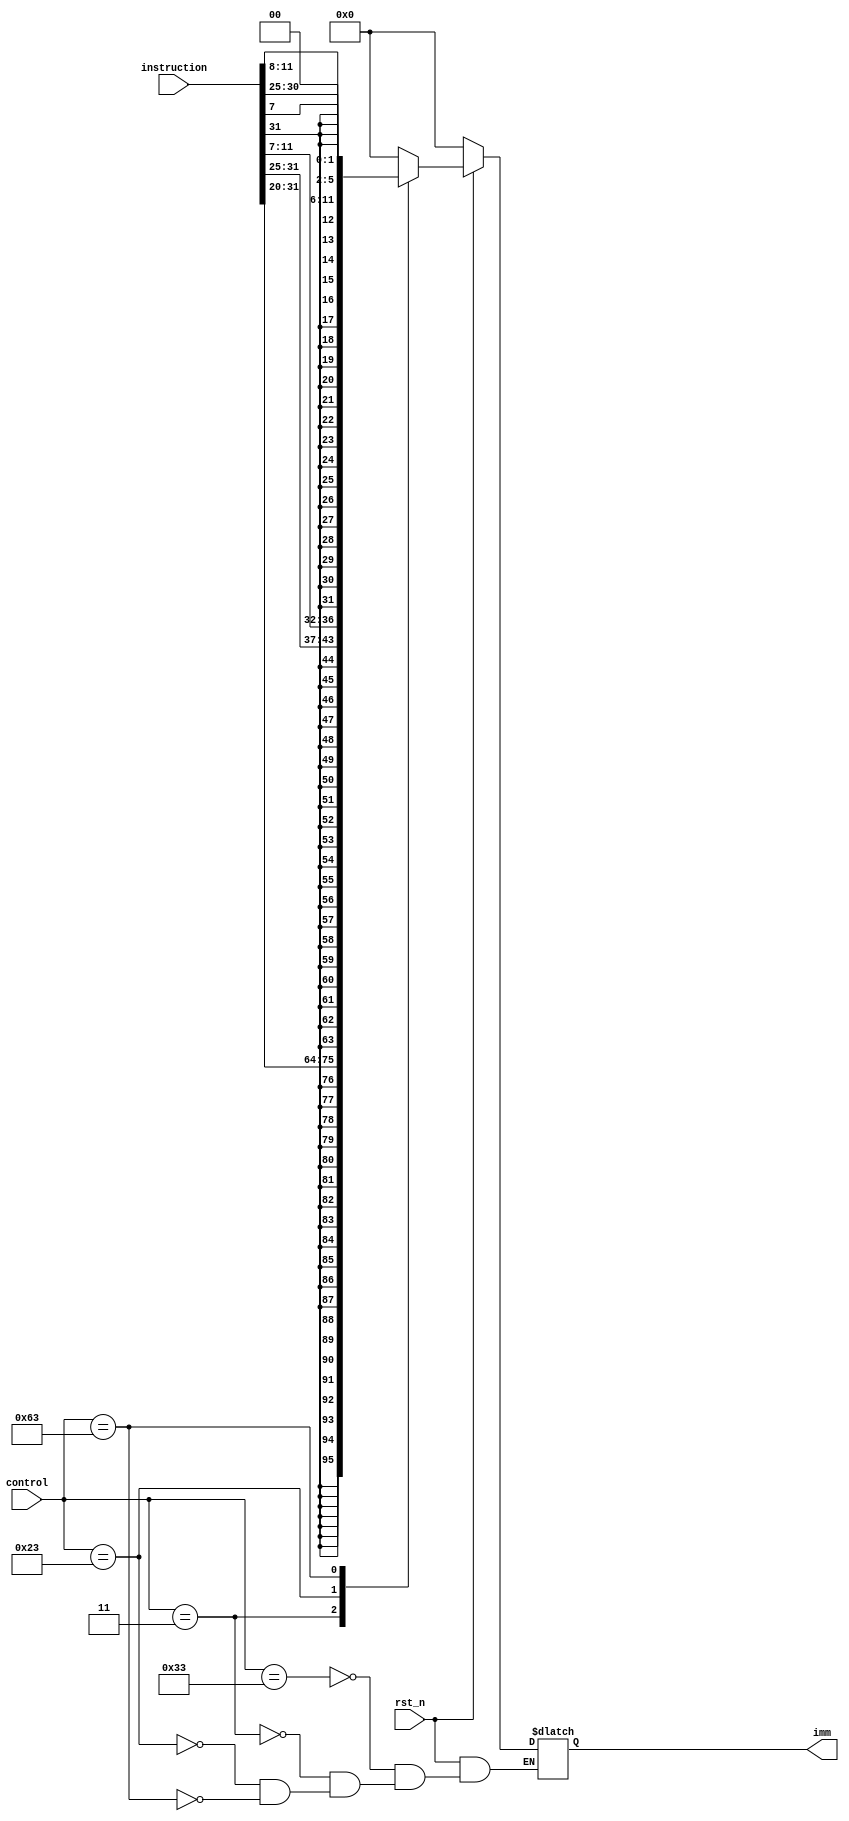
`timescale 1ns / 1ps
//////////////////////////////////////////////////////////////////////////////////
// Company: 
// Engineer: 
// 
// Design Name: 
// Module Name: ImmGen
// Project Name: 
// Target Devices: 
// Tool Versions: 
// Description: 
// 
// Dependencies: 
// 
// Revision:
// Revision 0.01 - File Created
// Additional Comments:
// 
//////////////////////////////////////////////////////////////////////////////////


module ImmGen(
	input rst_n,
	input[31:0] instruction,
	input[6:0] control,
	output[31:0] imm
    );
reg[31:0] imm_copy;
always @(*)begin
	if(~rst_n)begin
		imm_copy[31:0] <= 32'h0000_0000;
	end
	else begin
		case(control)
		    7'b0110011: begin
		        imm_copy <= 32'h0000_0000;
		    end
			7'b0000011: begin
				imm_copy[31:0] <= {{21{instruction[31]}}, instruction[30:20]};
			end
			7'b0100011: begin
				imm_copy[31:0] <= {{21{instruction[31]}}, instruction[30:25],instruction[11:7]};
			end
			7'b1100011: begin   // branch    ? 12 ? 0   
				imm_copy[31:0] <= {{19{instruction[31]}}, instruction[7],instruction[30:25],instruction[11:8],{2'b00}};
			end
		endcase
	end
end
assign imm = imm_copy;
endmodule